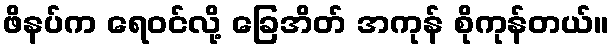
ဖိနပ်က ရေဝင်လို့ ခြေအိတ် အကုန် စိုကုန်တယ်။